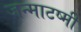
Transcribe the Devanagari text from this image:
जन्माटष्मी